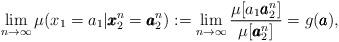
LaTeX: \begin{align*} \lim_{n\to\infty}\mu(x_1=a_1|\pmb{x}_2^n=\pmb{a}_2^n):= \lim_{n\to\infty}\frac{\mu[a_1\pmb{a}_2^n]}{\mu[\pmb{a}_2^n]} =g(\pmb{a}),\end{align*}